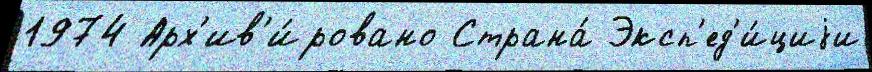
1974 Арх'ив'и́ровано Страна́ Эксп'ед'и́циjи